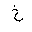
Letter: _kha